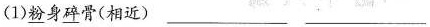
(1)\underline{粉}身\underline{碎}骨(相近) ___ ___